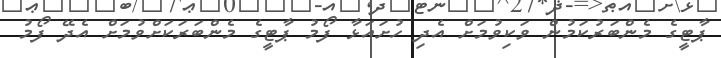
ޕާޓީގެ މެންބަރުކަމުން ވަކިވުމަށް އެދި ހުށައަޅާ ފޯމު ޕާޓީގެ މެންބަރަކަށްވުމަށް އެދޭ ފޯމު